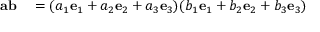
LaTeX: \begin{array} { r l } { \mathbf { a b } } & { { } = ( a _ { 1 } \mathbf { e } _ { 1 } + a _ { 2 } \mathbf { e } _ { 2 } + a _ { 3 } \mathbf { e } _ { 3 } ) ( b _ { 1 } \mathbf { e } _ { 1 } + b _ { 2 } \mathbf { e } _ { 2 } + b _ { 3 } \mathbf { e } _ { 3 } ) } \end{array}